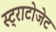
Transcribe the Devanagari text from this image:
स्ट्राटोजेट